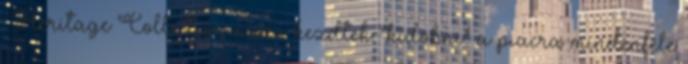
: Heritage Collection néven kezdtek "kidobni" a piacra mindenféle